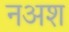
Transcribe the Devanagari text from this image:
नअश